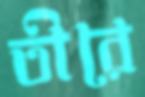
তীরে